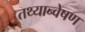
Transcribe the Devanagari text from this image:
तथ्यान्वेषण